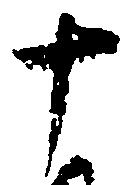
十